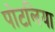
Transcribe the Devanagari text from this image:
पोटलिया